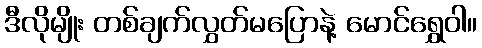
ဒီလိုမျိုး တစ်ချက်လွှတ်မပြောနဲ့ မောင်ရွှေဝါ။